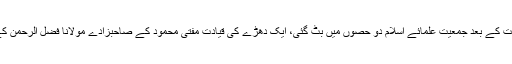
مولانا مفتی محمود، مولانا عبدالحق اور جمعیت کے دوسرے اکابرین کی رحلت کے بعد جمعیت علمائے اسلام دو حصوں میں بٹ گئی، ایک دھڑے کی قیادت مفتی محمود کے صاحبزادے مولانا فضل الرحمن کے حصہ میں آئی جب کہ دوسرے دھڑے کی قیادت مولانا سمیع الحق نے کی۔